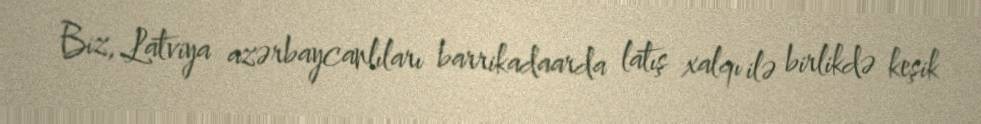
Biz, Latviya azərbaycanlıları barrikadaarda latış xalqı ilə birlikdə keşik